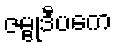
ဇမ္ဗုဒီပကေ